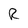
Character: R